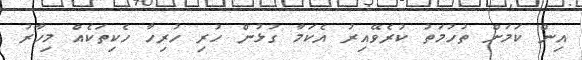
އިން ކަމަށް ތުހުމަތު ކުރެވޭއިރު އެކަމާ ގުޅުން ހުރި ހުރިހާ ހެކިތަކެއް މިހާރު